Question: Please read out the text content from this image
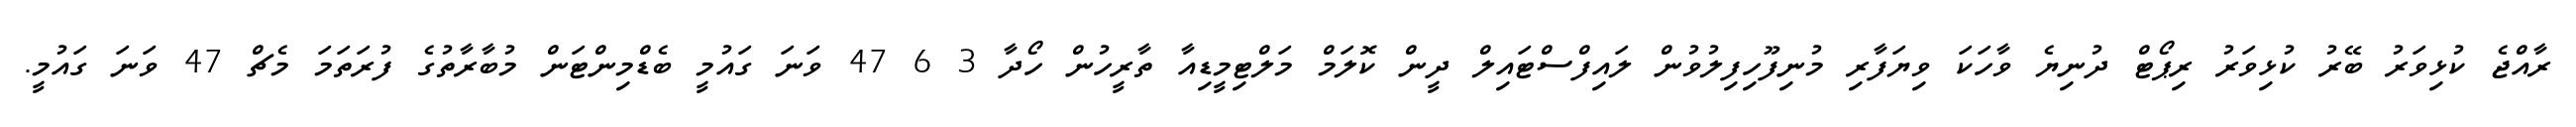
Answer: ރާއްޖެ ކުޅިވަރު ބޭރު ކުޅިވަރު ރިޕޯޓް ދުނިޔެ ވާހަކަ ވިޔަފާރި މުނިފޫހިފިލުވުން ލައިފްސްޓައިލް ދީން ކޮލަމް މަލްޓިމީޑިއާ ތާރީހުން ހޯދާ 3 6 47 ވަނަ ގައުމީ ބެޑްމިންޓަން މުބާރާތުގެ ފުރަތަމަ މެޗް 47 ވަނަ ގައުމީ.